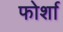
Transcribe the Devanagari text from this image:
फोर्शा